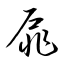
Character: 扉